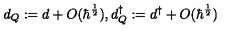
d _ { Q } : = d + O ( \hbar ^ { \frac { 1 } { 2 } } ) , d _ { Q } ^ { \dagger } : = d ^ { \dagger } + O ( \hbar ^ { \frac { 1 } { 2 } } )